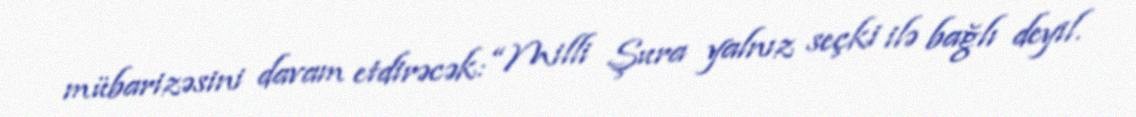
mübarizəsini davam etdirəcək: “Milli Şura yalnız seçki ilə bağlı deyil.